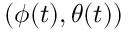
( \phi ( t ) , \theta ( t ) )